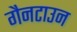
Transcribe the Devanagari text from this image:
गैनटाउन